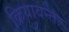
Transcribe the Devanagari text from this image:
क्रियावन्तः